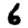
Digit: 6